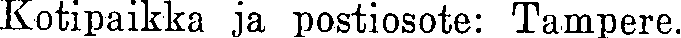
Kotipaikka ja postiosote: Tampere.